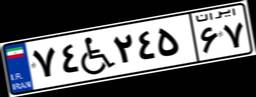
۷۴W۲۴۵۶۷